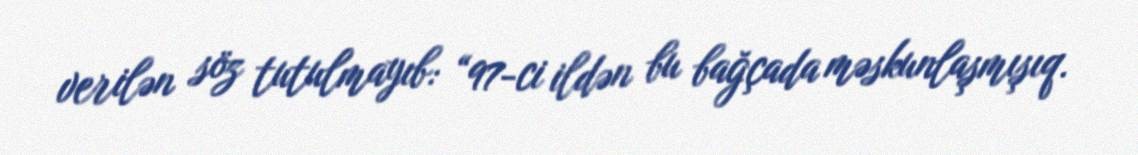
verilən söz tutulmayıb: “97-ci ildən bu bağçada məskunlaşmışıq.